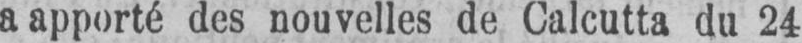
a apporté des nouvelles de Calcutta du 24